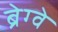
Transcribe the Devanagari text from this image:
ब्रेग्वे